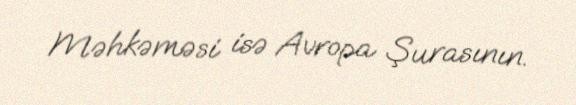
Məhkəməsi isə Avropa Şurasının.